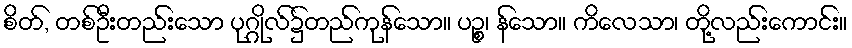
စိတ်, တစ်ဦးတည်းသော ပုဂ္ဂိုလ်၌တည်ကုန်သော။ ပဉ္စ၊ န်သော။ ကိလေသာ၊ တို့လည်းကောင်း။